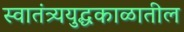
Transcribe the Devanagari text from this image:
स्वातंत्र्ययुद्धकाळातील